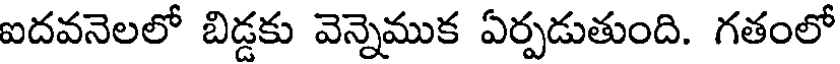
ఐదవనెలలో బిడ్డకు వెన్నెముక ఏర్పడుతుంది. గతంలో